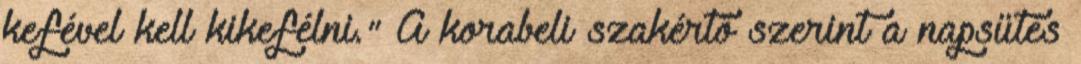
kefével kell kikefélni." A korabeli szakértő szerint a napsütés